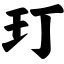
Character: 玎